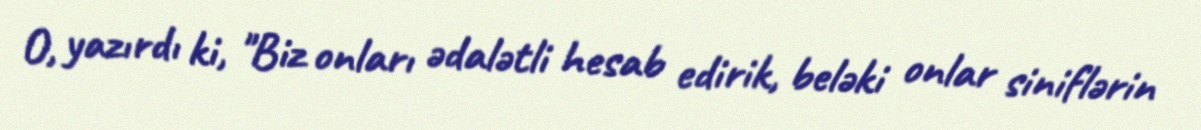
O, yazırdı ki, "Biz onları ədalətli hesab edirik, beləki onlar siniflərin